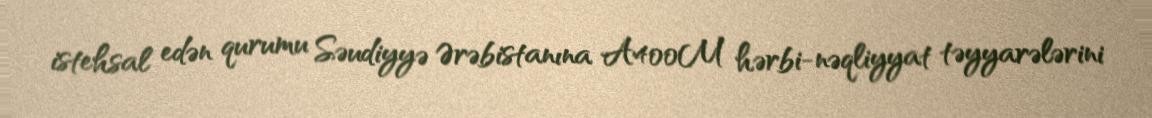
istehsal edən qurumu Səudiyyə Ərəbistanına A400M hərbi-nəqliyyat təyyarələrini